Civil Veterinary Department Bihar reports 1940-50 - 1940-1950
Year: 1940
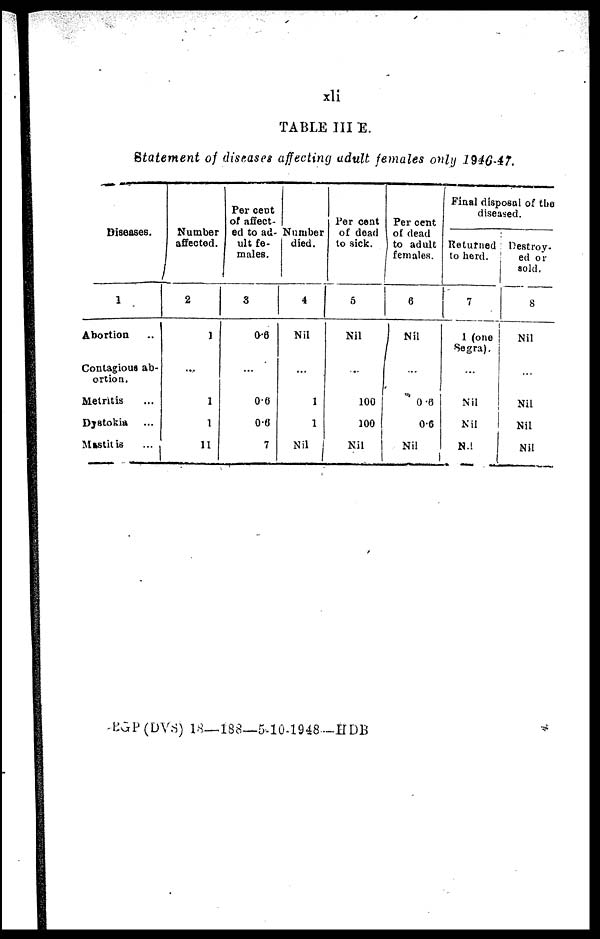
xli
TABLE III E.
Statement of diseases affecting adult females only 1946-47.
Diseases.
1
Abortion ..
Contagious ab-
ortion.
Metritis ...
Dystokia ...
Mastitis
...
Number
affected.
2
1
...
1
1
11
Per cent
of affect-
ed to ad-
ult fe-
males.
3
0.6
...
0.6
0.6
7
Number
died.
4
Nil
...
1
1
Nil I
Per cent
of dead
to sick.
5
Nil
...
100
100
Nil
Per cent
of dead
to adult
females.
6
Nil
...
0.6
0.6
Nil
i
Final disposal of the
diseased.
Returned
to herd.
7
1 (one
Segra).
...
Nil
Nil
Nil
Destroy-
ed or
sold.
8
Nil
...
Nil
Nil
Nil
BGP (DVS) 18—188—5-10-1948—HDB